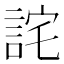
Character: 詫